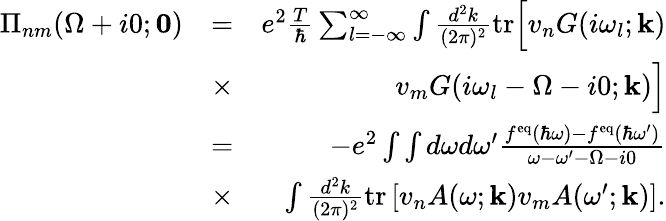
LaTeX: \begin{array}{rlr}{\Pi_{nm}(\Omega+i0;\mathbf{0})}&{=}&{e^{2}\frac{T}{\hbar}\sum_{l=-\infty}^{\infty}\int\frac{d^{2}k}{(2\pi)^{2}}\mathrm{tr}\Big[v_{n}G(i\omega_{l};\mathbf{k})}\\ &{\times}&{v_{m}G(i\omega_{l}-\Omega-i0;\mathbf{k})\Big]}\\ &{=}&{-e^{2}\int\int d\omega d\omega^{\prime}\frac{f^{\mathrm{eq}}(\hbar\omega)-f^{\mathrm{eq}}(\hbar\omega^{\prime})}{\omega-\omega^{\prime}-\Omega-i0}}\\ &{\times}&{\int\frac{d^{2}k}{(2\pi)^{2}}\mathrm{tr}\left[v_{n}A(\omega;\mathbf{k})v_{m}A(\omega^{\prime};\mathbf{k})\right].}\end{array}